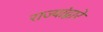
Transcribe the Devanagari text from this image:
राज्यांद्वारे